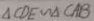
\Delta C D E \sim \Delta C A B